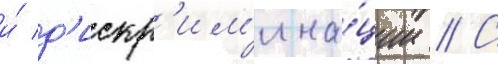
и́ д'искр'им'ина́ции // С